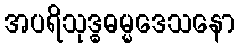
အပရိသုဒ္ဓဓမ္မဒေသနော